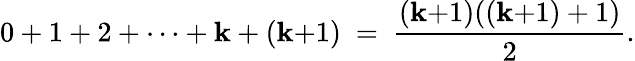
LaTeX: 0+1+2+\cdots+\mathbf{k}+(\mathbf{k}{+}1)\ =\ {\frac{{(\mathbf{k}{+}1)((\mathbf{k}{+}1)+1)}}{{2}}}.